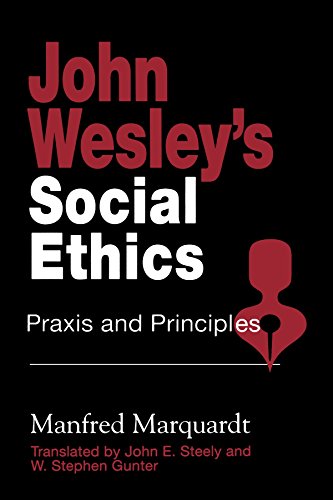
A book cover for John Wesley's Social Ethics: Praxis and Principles; Manfred Marquardt; Christian Books & Bibles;